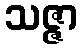
သဇ္ဇာ